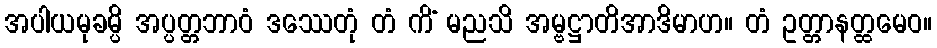
အပါယမုခမ္ပိ အပ္ပတ္တဘာဝံ ဒဿေတုံ တံ ကိံ မညသိ အမ္ဗဋ္ဌာတိအာဒိမာဟ။ တံ ဥတ္တာနတ္ထမေဝ။